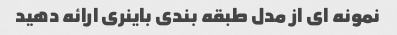
نمونه ای از مدل طبقه بندی باینری ارائه دهید